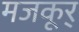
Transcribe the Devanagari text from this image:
मजकूर्